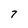
Character: 7